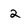
Character: 2